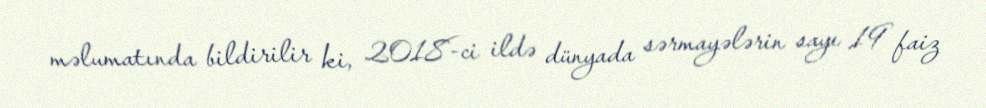
məlumatında bildirilir ki, 2018-ci ildə dünyada sərmayələrin sayı 19 faiz